Indian journal of veterinary science and animal husbandry - Volumes 22-23, 1952-1953
Year: 1952
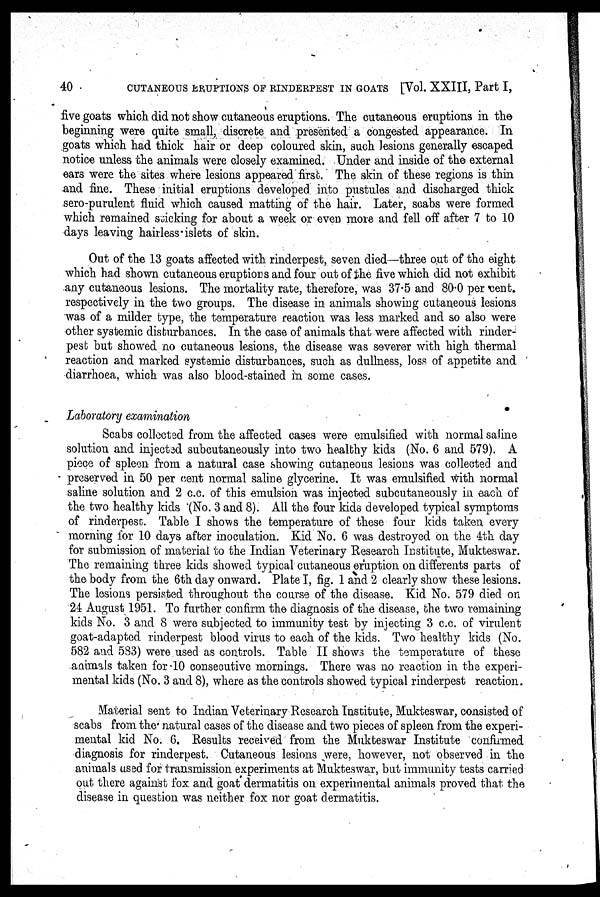
40
CUTANEOUS ERUPTIONS OF RINDERPEST IN GOATS [Vol. XXIII, Part I,
five goats which did not show cutaneous eruptions. The cutaneous eruptions in the
beginning were quite small, discrete and presented a congested appearance. In
goats which had thick hair or deep coloured skin, such lesions generally escaped
notice unless the animals were closely examined. Under and inside of the external
ears were the sites where lesions appeared first. The skin of these regions is thin
and fine. These initial eruptions developed into pustules and discharged thick
sero-purulent fluid which caused matting of the hair. Later, scabs were formed
which remained sticking for about a week or even more and fell off after 7 to 10
days leaving hairless islets of skin.
Out of the 13 goats affected with rinderpest, seven died—three out of the eight
which had shown cutaneous eruptions and four out of the five which did not exhibit
any cutaneous lesions. The mortality rate, therefore, was 37.5 and 80.0 per cent.
respectively in the two groups. The disease in animals showing cutaneous lesions
was of a milder type, the temperature reaction was less marked and so also were
other systemic disturbances. In the case of animals that were affected with rinder-
pest but showed no cutaneous lesions, the disease was severer with high thermal
reaction and marked systemic disturbances, such as dullness, loss of appetite and
diarrhoea, which was also blood-stained in some cases.
Laboratory examination
Scabs collected from the affected cases were emulsified with normal saline
solution and injected subcutaneously into two healthy kids (No. 6 and 579). A
piece of spleen from a natural case showing cutaneous lesions was collected and
preserved in 50 per cent normal saline glycerine. It was emulsified with normal
saline solution and 2 c.c. of this emulsion was injected subcutaneously in each of
the two healthy kids (No. 3 and 8). All the four kids developed typical symptoms
of rinderpest. Table I shows the temperature of these four kids taken every
morning for 10 days after inoculation. Kid No. 6 was destroyed on the 4th day
for submission of material to the Indian Veterinary Research Institute, Mukteswar.
The remaining three kids showed typical cutaneous eruption on differents parts of
the body from the 6th day onward. Plate I, fig. 1 and 2 clearly show these lesions.
The lesions persisted throughout the course of the disease. Kid No. 579 died on
24 August 1951. To further confirm the diagnosis of the disease, the two remaining
kids No. 3 and 8 were subjected to immunity test by injecting 3 c.c. of virulent
goat-adapted rinderpest blood virus to each of the kids. Two healthy kids (No.
582 and 583) were used as controls. Table II shows the temperature of these
animals taken for 10 consecutive mornings. There was no reaction in the experi-
mental kids (No. 3 and 8), where as the controls showed typical rinderpest reaction.
Material sent to Indian Veterinary Research Institute, Mukteswar, consisted of
scabs from the natural cases of the disease and two pieces of spleen from the experi-
mental kid No. 6. Results received from the Mukteswar Institute confirmed
diagnosis for rinderpest. Cutaneous lesions were, however, not observed in the
animals used for transmission experiments at Mukteswar, but immunity tests carried
out there against fox and goat dermatitis on experimental animals proved that the
disease in question was neither fox nor goat dermatitis.